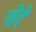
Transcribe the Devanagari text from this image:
सेदे